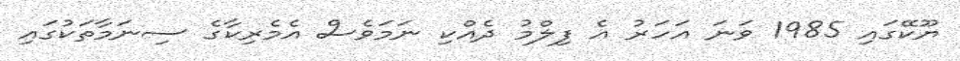
ޔޫކޭގައި 1985 ވަނަ އަހަރު އެ ފިލްމު ދެއްކި ނަމަވެސް އެމެރިކާގެ ސިނަމާތަކުގައި